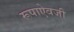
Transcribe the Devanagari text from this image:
रूपाऐवजी